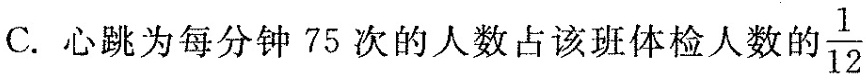
C.心跳为每分钟75次的人数占该班体检人数的 $$\frac { 1 } { 1 2 }$$